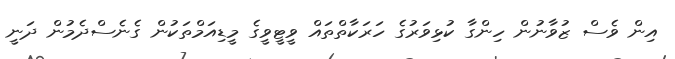
އިން ވެސް ޒުވާނުން ހިންގާ ކުޅިވަރުގެ ހަރަކާތްތައް ވީޓީވީގެ މީޑިއަމްތަކުން ގެނެސްދެމުން ދަނީ